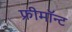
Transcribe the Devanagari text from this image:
फ्रीमॉन्‍ट